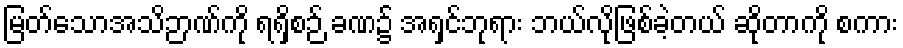
မြတ်သောအသိဉာဏ်ကို ရရှိစဉ် ခဏ၌ အရှင်ဘုရား ဘယ်လိုဖြစ်ခဲ့တယ် ဆိုတာကို စကား